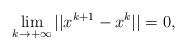
LaTeX: \begin{align*}\lim_{k\rightarrow +\infty}||x^{k+1}-x^{k}||=0,\end{align*}